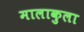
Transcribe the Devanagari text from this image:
मालाकुला